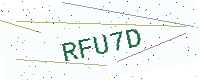
Text: RFU7D